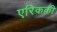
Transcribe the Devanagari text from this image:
एरिककी